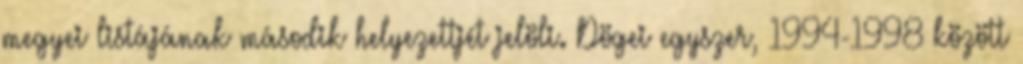
megyei listájának második helyezettjét jelöli. Dögei egyszer, 1994-1998 között